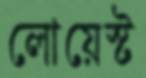
লোয়েস্ট